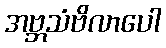
အဗ္ဘသံဗိလာပေါ